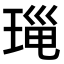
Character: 𤦄